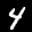
Label: 4